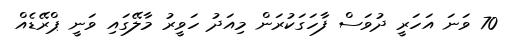
70 ވަނަ އަހަރީ ދުވަސް ފާހަގަކުރަން މިއަދު ހަވީރު މާލޭގައި ވަނީ ޕްރޭޑެއް